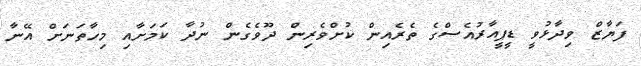
ފަޔާޒް ވިދާޅުވީ ޑީޕީއާރުއެސްގެ ތެރެއިން ކުށްވެރިން ދޫވެގެން ނުދާ ކަމަށާއި މިހާތަނަށް އޭނާ